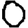
Digit: 0